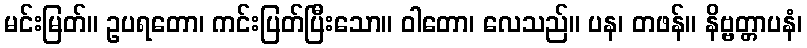
မင်းမြတ်။ ဥပရတော၊ ကင်းပြတ်ပြီးသော။ ဝါတော၊ လေသည်။ ပန၊ တဖန်။ နိဗ္ဗတ္တာပနံ၊